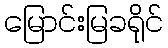
မြောင်းမြခရိုင်